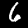
Label: 6